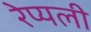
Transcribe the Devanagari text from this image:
रेप्यली